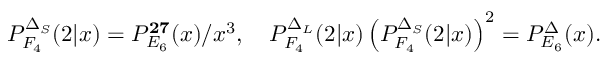
P _ { F _ { 4 } } ^ { \Delta _ { S } } ( 2 | x ) = P _ { E _ { 6 } } ^ { \bf 2 7 } ( x ) / x ^ { 3 } , \quad P _ { F _ { 4 } } ^ { \Delta _ { L } } ( 2 | x ) \left( P _ { F _ { 4 } } ^ { \Delta _ { S } } ( 2 | x ) \right) ^ { 2 } = P _ { E _ { 6 } } ^ { \Delta } ( x ) .